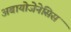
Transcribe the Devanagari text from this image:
अबायोजेनेसिस